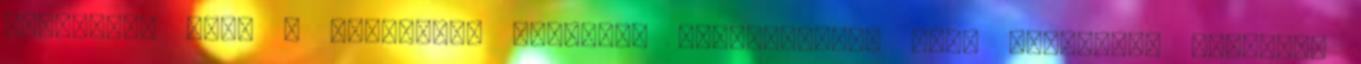
egyesével kell a napirendi pontokat megszavazni, hogy melyikről kívánunk